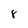
Character: 8